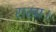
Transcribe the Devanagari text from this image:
राखा।